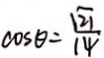
\cos \theta = \frac { \sqrt { 2 1 } } { 1 4 }